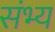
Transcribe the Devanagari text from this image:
संभ्य